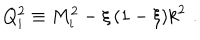
LaTeX: Q _ { i } ^ { 2 } \equiv M _ { i } ^ { 2 } - \xi \, ( 1 - \xi ) k ^ { 2 } \, \, .